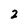
Character: 2